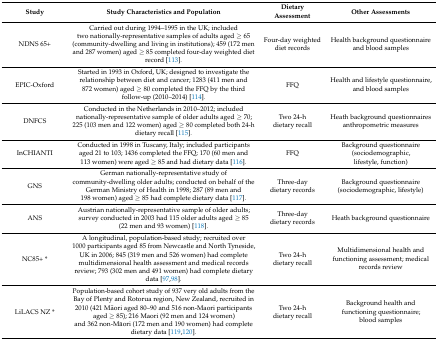
<table><thead><tr><td><b>Study</b></td><td><b>Study Characteristics and Population</b></td><td><b>Dietary Assessment</b></td><td><b>Other Assessments</b></td></tr></thead><tbody><tr><td>NDNS 65+</td><td>Carried out during 1994–1995 in the UK; included two nationally-representative samples of adults aged ≥ 65 (community-dwelling and living in institutions); 459 (172 men and 287 women) aged ≥ 85 completed four-day weighted diet record [113].</td><td>Four-day weighted diet records</td><td>Health background questionnaire and blood samples</td></tr><tr><td>EPIC-Oxford</td><td>Started in 1993 in Oxford, UK; designed to investigate the relationship between diet and cancer; 1283 (411 men and 872 women) aged ≥ 80 completed the FFQ by the third follow-up (2010–2014) [114].</td><td>FFQ</td><td>Health and lifestyle questionnaire, and blood samples</td></tr><tr><td>DNFCS</td><td>Conducted in the Netherlands in 2010–2012; included nationally-representative sample of older adults aged ≥ 70; 225 (103 men and 122 women) aged ≥ 80 completed both 24-h dietary recall [115].</td><td>Two 24-h dietary recall</td><td>Heath background questionnaires anthropometric measures</td></tr><tr><td>InCHIANTI</td><td>Conducted in 1998 in Tuscany, Italy; included participants aged 21 to 103; 1436 completed the FFQ; 170 (60 men and 113 women) were aged ≥ 85 and had dietary data [116].</td><td>FFQ</td><td>Background questionnaire (sociodemographic, lifestyle, function)</td></tr><tr><td>GNS</td><td>German nationally-representative study of community-dwelling older adults; conducted on behalf of the German Ministry of Health in 1998; 287 (89 men and 198 women) aged ≥ 85 had complete dietary data [117].</td><td>Three-day dietary records</td><td>Background questionnaire (sociodemographic, lifestyle)</td></tr><tr><td>ANS</td><td>Austrian nationally-representative sample of older adults; survey conducted in 2003 had 115 older adults aged ≥ 85 (22 men and 93 women) [118].</td><td>Three-day dietary records</td><td>Heath background questionnaire</td></tr><tr><td>NC85+ *</td><td>A longitudinal, population-based study; recruited over 1000 participants aged 85 from Newcastle and North Tyneside, UK in 2006; 845 (319 men and 526 women) had complete multidimensional health assessment and medical records review; 793 (302 men and 491 women) had complete dietary data [97,98].</td><td>Two 24-h dietary recall</td><td>Multidimensional health and functioning assessment; medical records review</td></tr><tr><td>LiLACS NZ *</td><td>Population-based cohort study of 937 very old adults from the Bay of Plenty and Rotorua region, New Zealand, recruited in 2010 (421 Māori aged 80–90 and 516 non-Maori participants aged ≥ 85); 216 Maori (92 men and 124 women) and 362 non-Māori (172 men and 190 women) had complete dietary data [119,120].</td><td>Two 24-h dietary recall</td><td>Background health and functioning questionnaire; blood samples</td></tr></tbody></table>